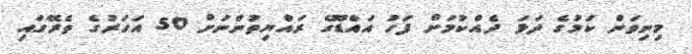
މިނިވަން ކަމުގެ ދަޅަ ދެއްކުމަށް ފަހު އައްޑޫގެ ރައްޔިތުންނަށް 50 އަހަރުގެ ތެރޭގައި